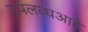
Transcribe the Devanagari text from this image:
उपलब्धआहे